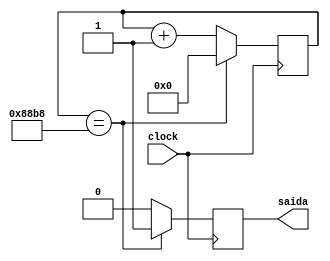
module Velocidade14(input clock,output reg saida);
reg [22:0] contador;
initial contador=0;

always @(posedge clock)
begin
	if(contador==35000)
	begin
		saida<=1;
		contador<=0;
	end
	else
	begin	
		saida<=0;
		contador<=contador+1;
	end
end



endmodule